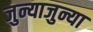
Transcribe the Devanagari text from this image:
जुन्याजुन्या